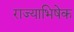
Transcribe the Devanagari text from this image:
राज्‍याभिषेक